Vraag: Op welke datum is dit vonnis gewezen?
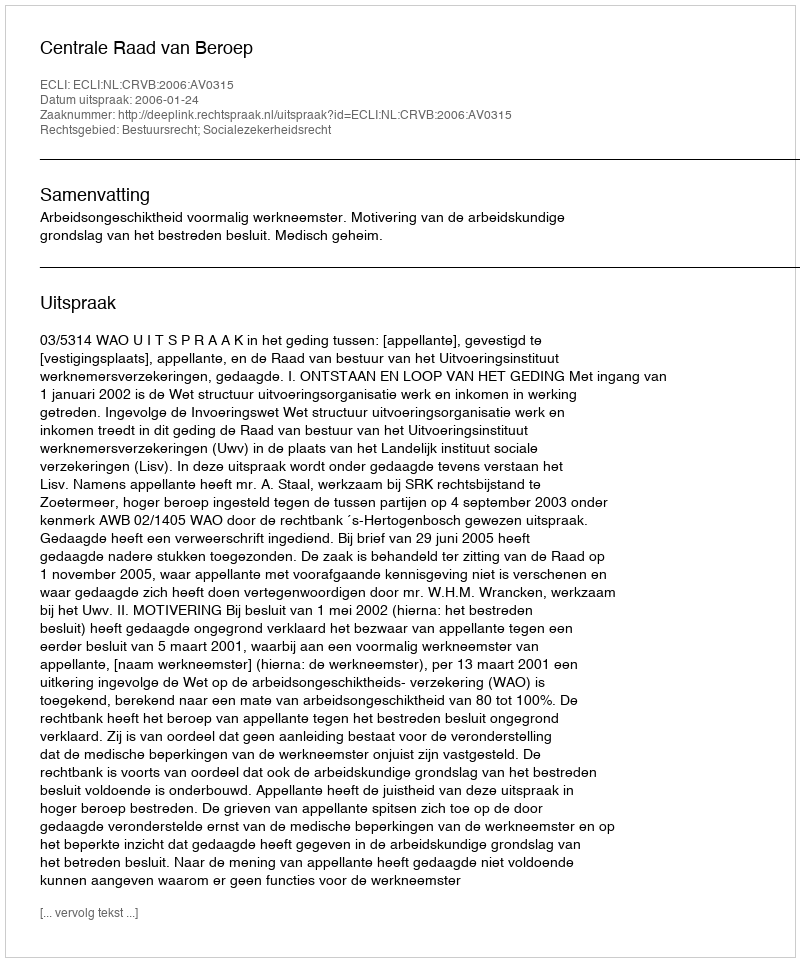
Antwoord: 2006-01-24